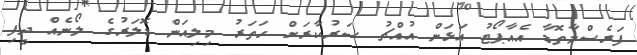
ފަރެސްމާތޮޑާ އެއާޕޯޓު އަޅަން އުއްޗު ސަރުކާރަށް ހަތަރު މިލިއަން ޑޮލަރުގެ ލޯނެއް ދީފި